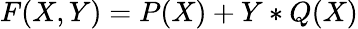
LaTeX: F(X,Y)=P(X)+Y*Q(X)